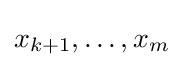
x_{k+1},\ldots ,x_{m}